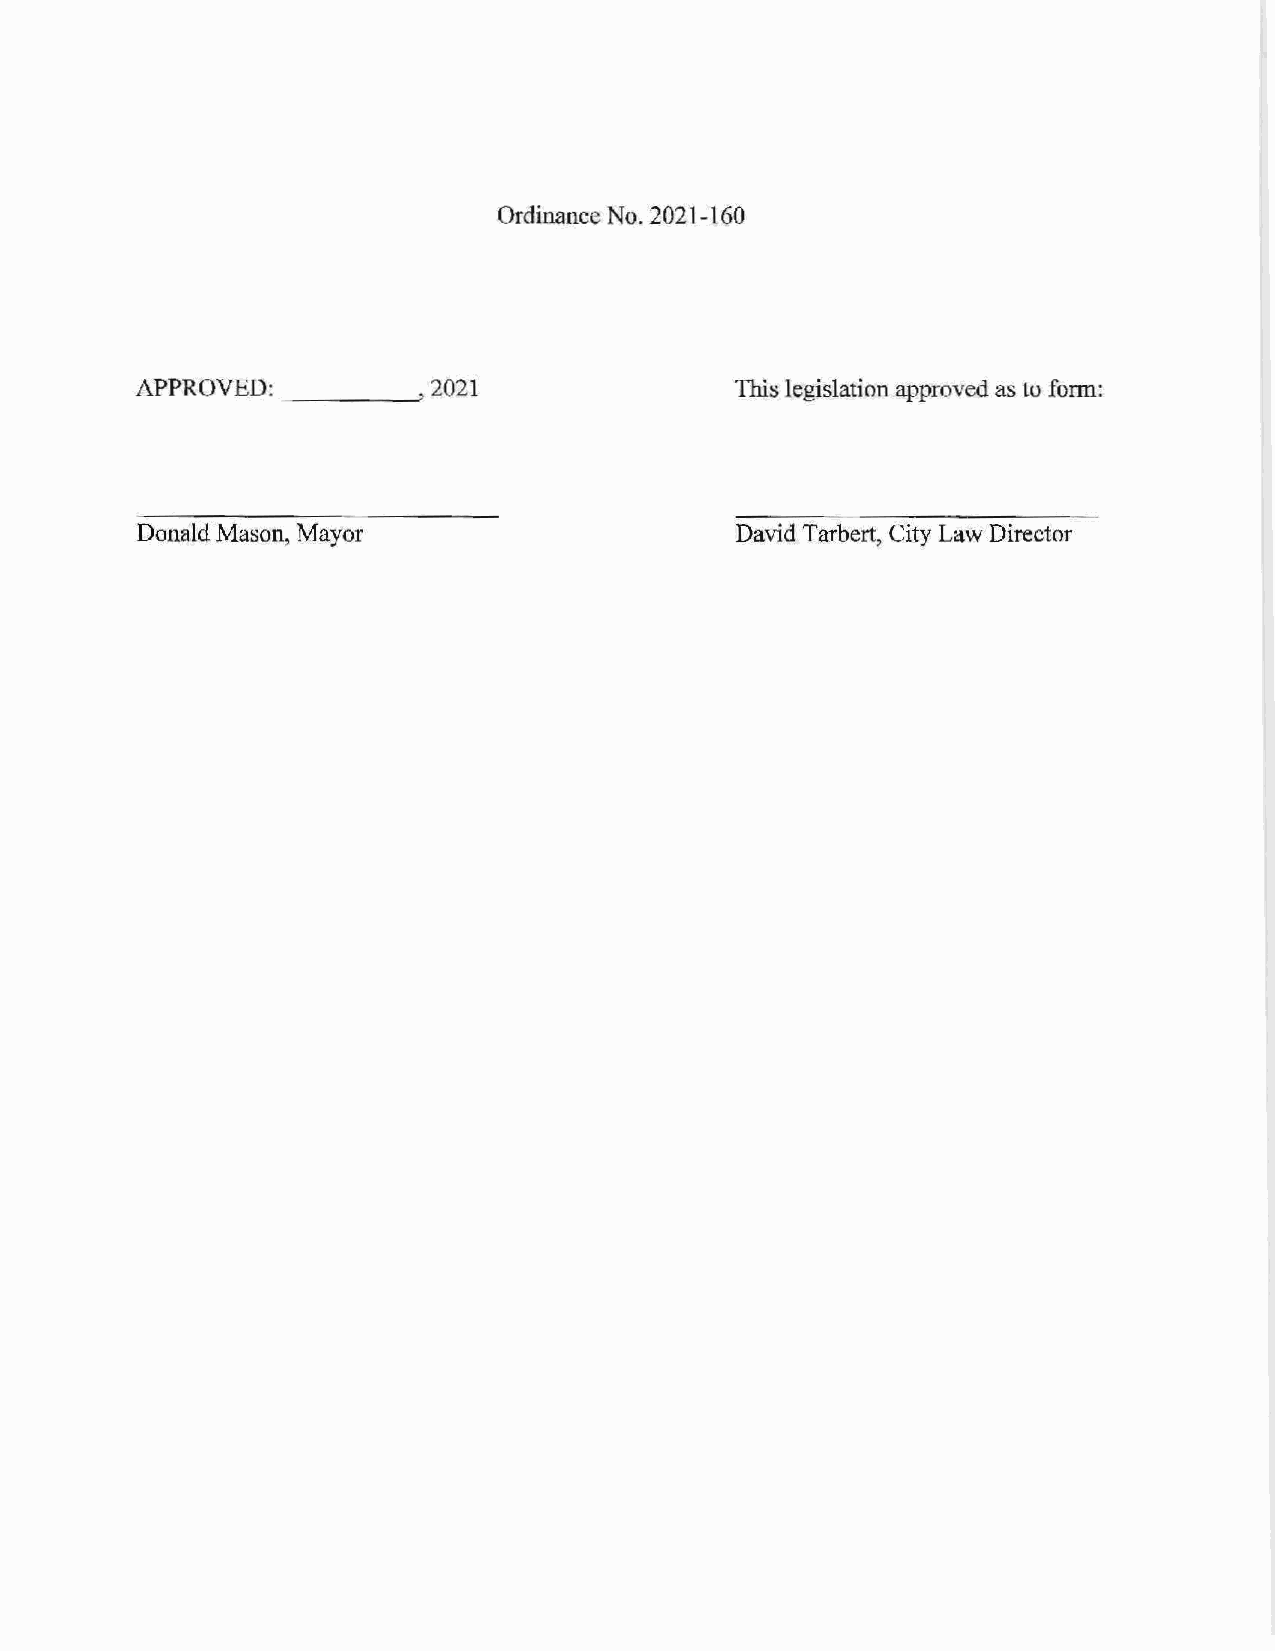
Ordinance No. 2021-160
 APPROVED: _ _ __,   2021                This legislation approved as to form:
 Donald Mason, Mayor                     David Tarbert, City Law Director